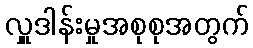
လှူဒါန်းမှုအစုစုအတွက်